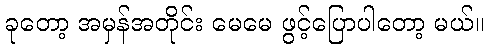
ခုတော့ အမှန်အတိုင်း မေမေ ဖွင့်ပြောပါတော့ မယ်။